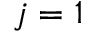
j = 1